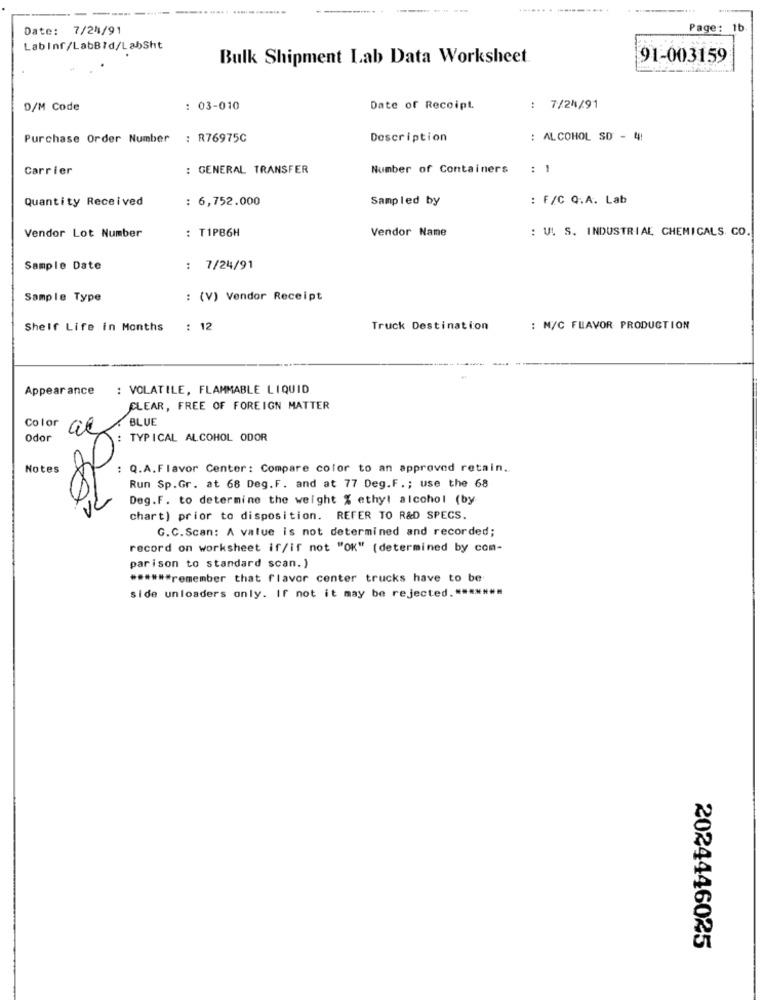
--..... ----...
Date: 7/24/91
Page: 1b.
LabInf/LabBld/LabSht
Bulk Shipment Lab Data Worksheet.
91-003159
D/M Code
: 03-010
Date of Receipt.
: 7/24/91
Purchase Order Number : R76975C
Description
: ALCOHOL SD - 4!
Carrier
: GENERAL TRANSFER
Number of Containers
: 1
Quantity Received
: 6,752.000
Sampled by
: F/C Q.A. Lab
: T1PB6H
Vendor Name
: V. S. INDUSTRIAL CHEMICALS. CO.
Vendor Lot Number
Sample Date
: 7/24/91
Sample Type
: (V) Vendor Receipt
Shelf Life in Months
: 12
Truck Destination
: N/C FLAVOR PRODUCTION
Appear ance
: VOLATILE, FLAMMABLE LIQUID
CLEAR, FREE OF FOREIGN MATTER
BLUE
Color
Odor
TYPICAL ALCOHOL ODOR
Notes
: Q.A.Flavor Center : Compare color to an approved retain.
Run Sp.Gr. at 68 Deg.F. and at 77 Deg.F .; use the 68
Deg.F. to determine the weight % ethyl alcohol (by
V
chart) prior to disposition. REFER TO R&D SPECS.
G.C.Scan: A value is not determined and recorded;
record on worksheet if/if not "OK" (determined by com-
parison to standard scan. )
****** remember that flavor center trucks have to be
side unloaders only. If not it may be rejected .****
2024446025